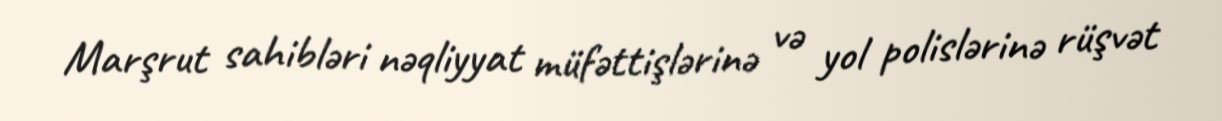
Marşrut sahibləri nəqliyyat müfəttişlərinə və yol polislərinə rüşvət